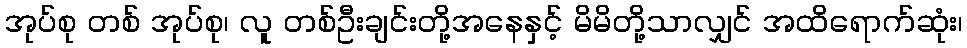
အုပ်စု တစ် အုပ်စု၊ လူ တစ်ဦးချင်းတို့အနေနှင့် မိမိတို့သာလျှင် အထိရောက်ဆုံး၊